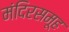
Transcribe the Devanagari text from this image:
मंदिरसमूह